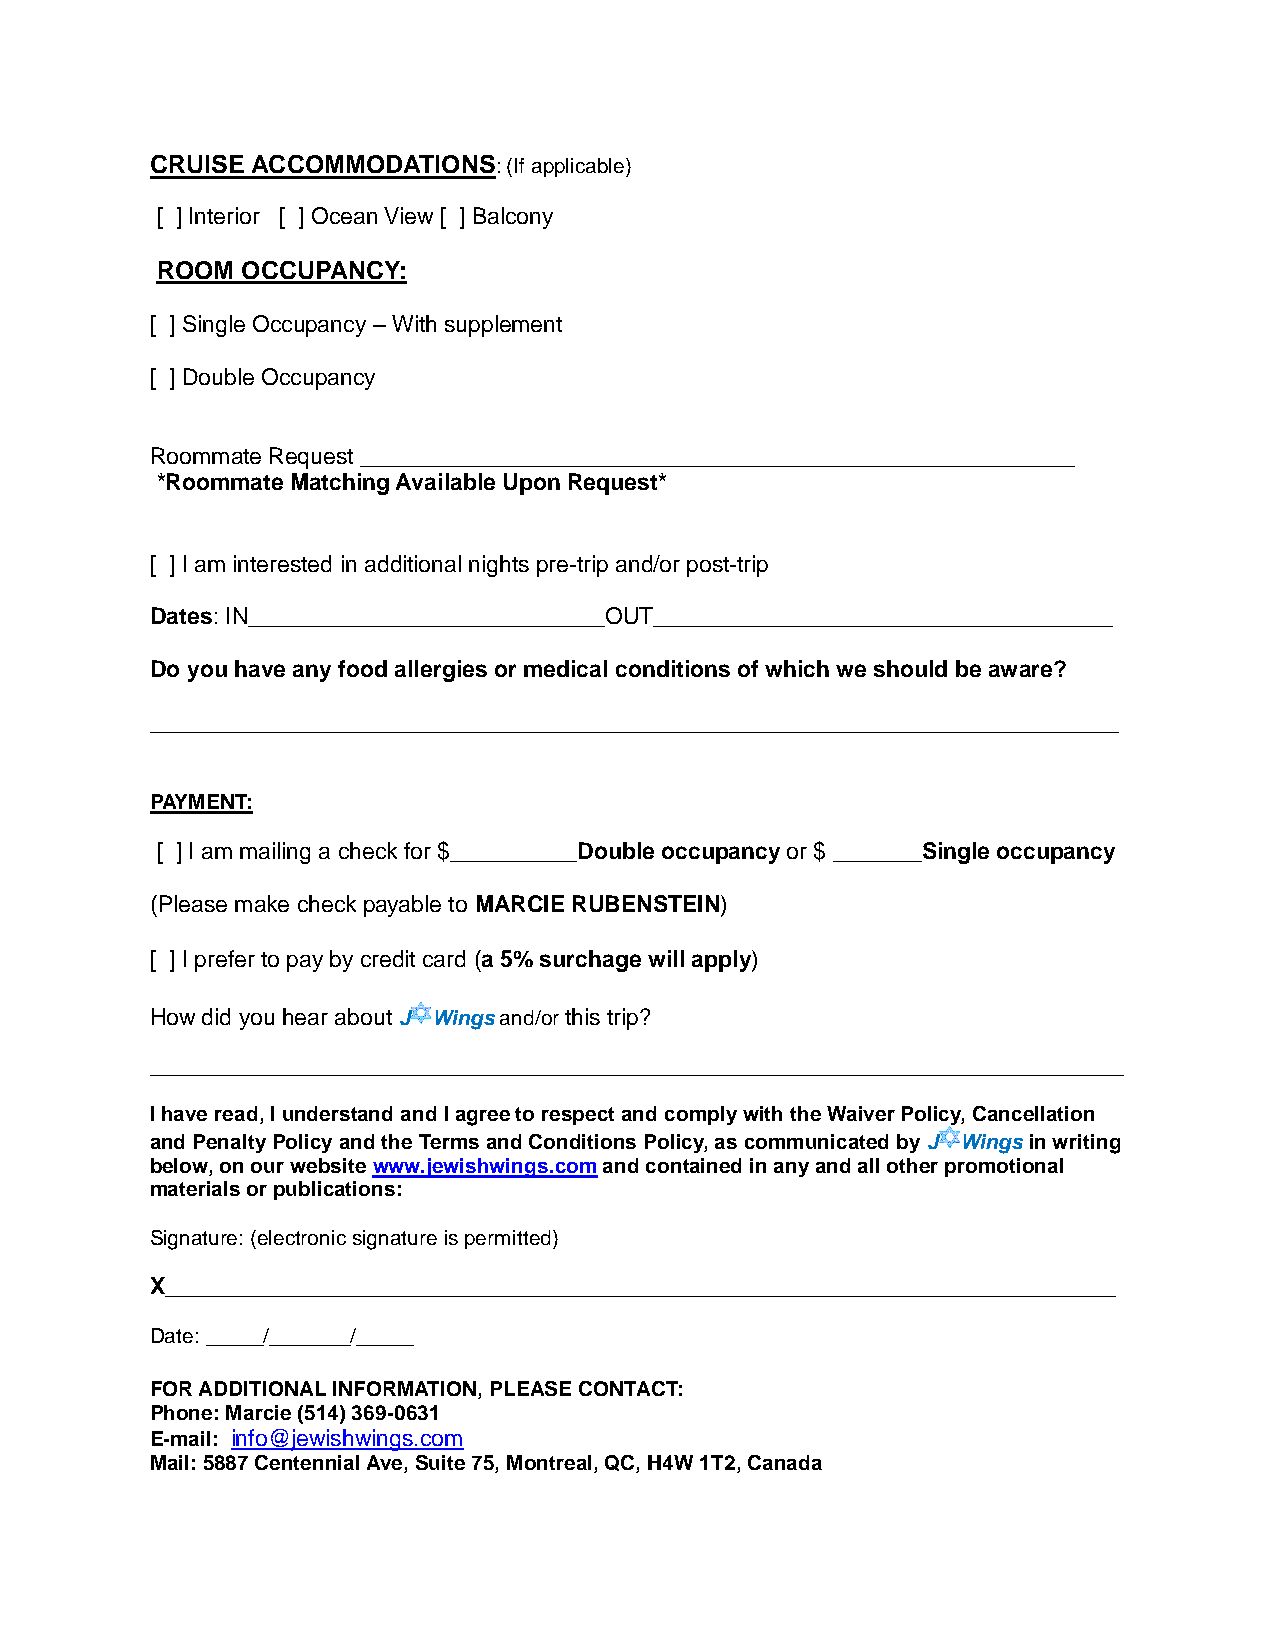
CRUISE ACCOMMODATIONS:  (If applicable)
 [ ] Interior [ ] Ocean View [ ] Balcony
 ROOM  OCCUPANCY:
 [ ] Single Occupancy – With supplement
 [ ] Double Occupancy
 Roommate Request ________________________________________________________
 *Roommate Matching Available Upon Request*
 [ ] I am interested in additional nights pre-trip and/or post-trip
 Dates: IN____________________________OUT____________________________________
 Do you have any food allergies or medical conditions of which we should be aware?
 ____________________________________________________________________________
 PAYMENT:
 [ ] I am mailing a check for $__________Double occupancy or $ _______Single occupancy
 (Please make check payable to MARCIE RUBENSTEIN)
 [ ] I prefer to pay by credit card (a 5% surchage will apply)
 How did you hear about J Wings and/or this trip?
 ____________________________________________________________________________________
 I have read, I understand and I agree to respect and comply with the Waiver Policy, Cancellation
 and Penalty Policy and the Terms and Conditions Policy, as communicated by J Wings in writing
 below, on our website www.jewishwings.com and contained in any and all other promotional
 materials or publications:
 Signature: (electronic signature is permitted)
 X__________________________________________________________________________________
 Date: _____/_______/_____
 FOR ADDITIONAL INFORMATION, PLEASE CONTACT:
 Phone: Marcie (514) 369-0631
 E-mail: info@jewishwings.com
 Mail: 5887 Centennial Ave, Suite 75, Montreal, QC, H4W 1T2, Canada